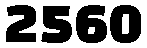
2560